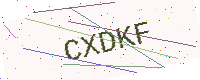
Text: CXDKF